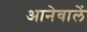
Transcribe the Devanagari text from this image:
आनेवालें